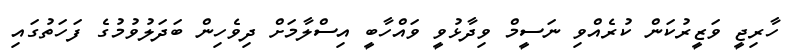
ހާރިޖީ ވަޒީރުކަން ކުރެއްވި ނަސީމް ވިދާޅުވީ ވައްހާބީ އިސްލާމަށް ދިވެހިން ބަދަލުވުމުގެ ފަހަތުގައި